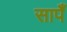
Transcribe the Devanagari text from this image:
सापँ